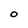
Character: O